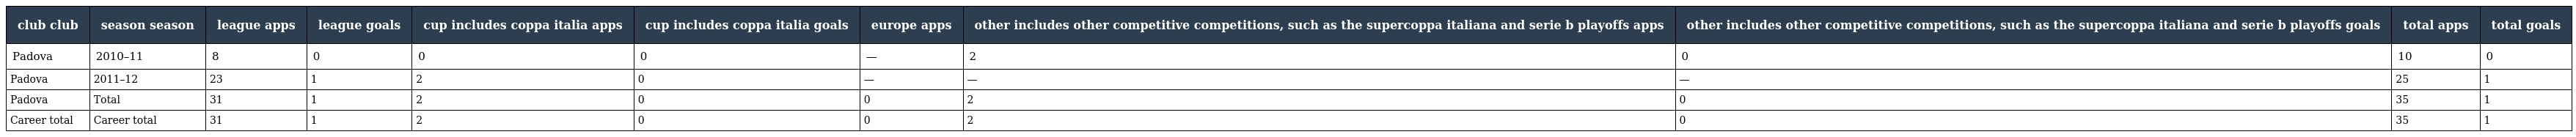
| club club | season season | league apps | league goals | cup includes coppa italia apps | cup includes coppa italia goals | europe apps | other includes other competitive competitions, such as the supercoppa italiana and serie b playoffs apps | other includes other competitive competitions, such as the supercoppa italiana and serie b playoffs goals | total apps | total goals |
 | --- | --- | --- | --- | --- | --- | --- | --- | --- | --- | --- |
 | Padova | 2010–11 | 8 | 0 | 0 | 0 | — | 2 | 0 | 10 | 0 |
 | Padova | 2011–12 | 23 | 1 | 2 | 0 | — | — | — | 25 | 1 |
 | Padova | Total | 31 | 1 | 2 | 0 | 0 | 2 | 0 | 35 | 1 |
 | Career total | Career total | 31 | 1 | 2 | 0 | 0 | 2 | 0 | 35 | 1 |